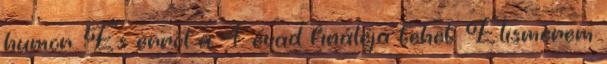
humor. És erről a 4. évad fináléja tehet. Elismerem